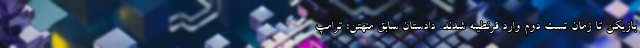
بازیکن تا زمان تست دوم وارد قرنطینه شدند. دادستان سابق منهتن: ترامپ